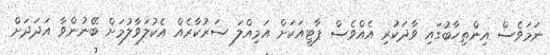
ނަމަވެސް އިންތިހާބުގައި ވާދަކުރި އެއްވެސް ޕާޓީއަކަށް އަމިއްލަ ސަރުކާރެއް އެކުލަވާލުމަށް ބޭނުންވާ އަދަދަށް